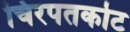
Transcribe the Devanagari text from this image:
चिरपतकोट